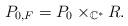
LaTeX: \begin{align*}P_{0,F}=P_0\times_{\mathbb{C}^*}R. \end{align*}